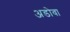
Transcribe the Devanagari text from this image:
अडोवा